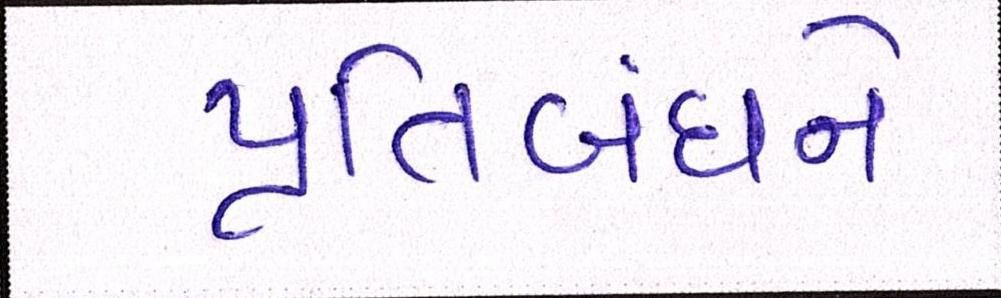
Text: પ્રતિબંધને